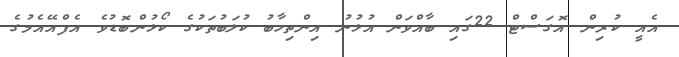
އެއީ ކުރިން އޮގަސްޓް 22ގައި ބާއްވަން އުޅުނު އިންތިހާބު ކުލަބުތަކުގެ ކޯޅުންބޮޑުވެ އެފްއޭއެމުގެ